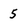
Character: 5